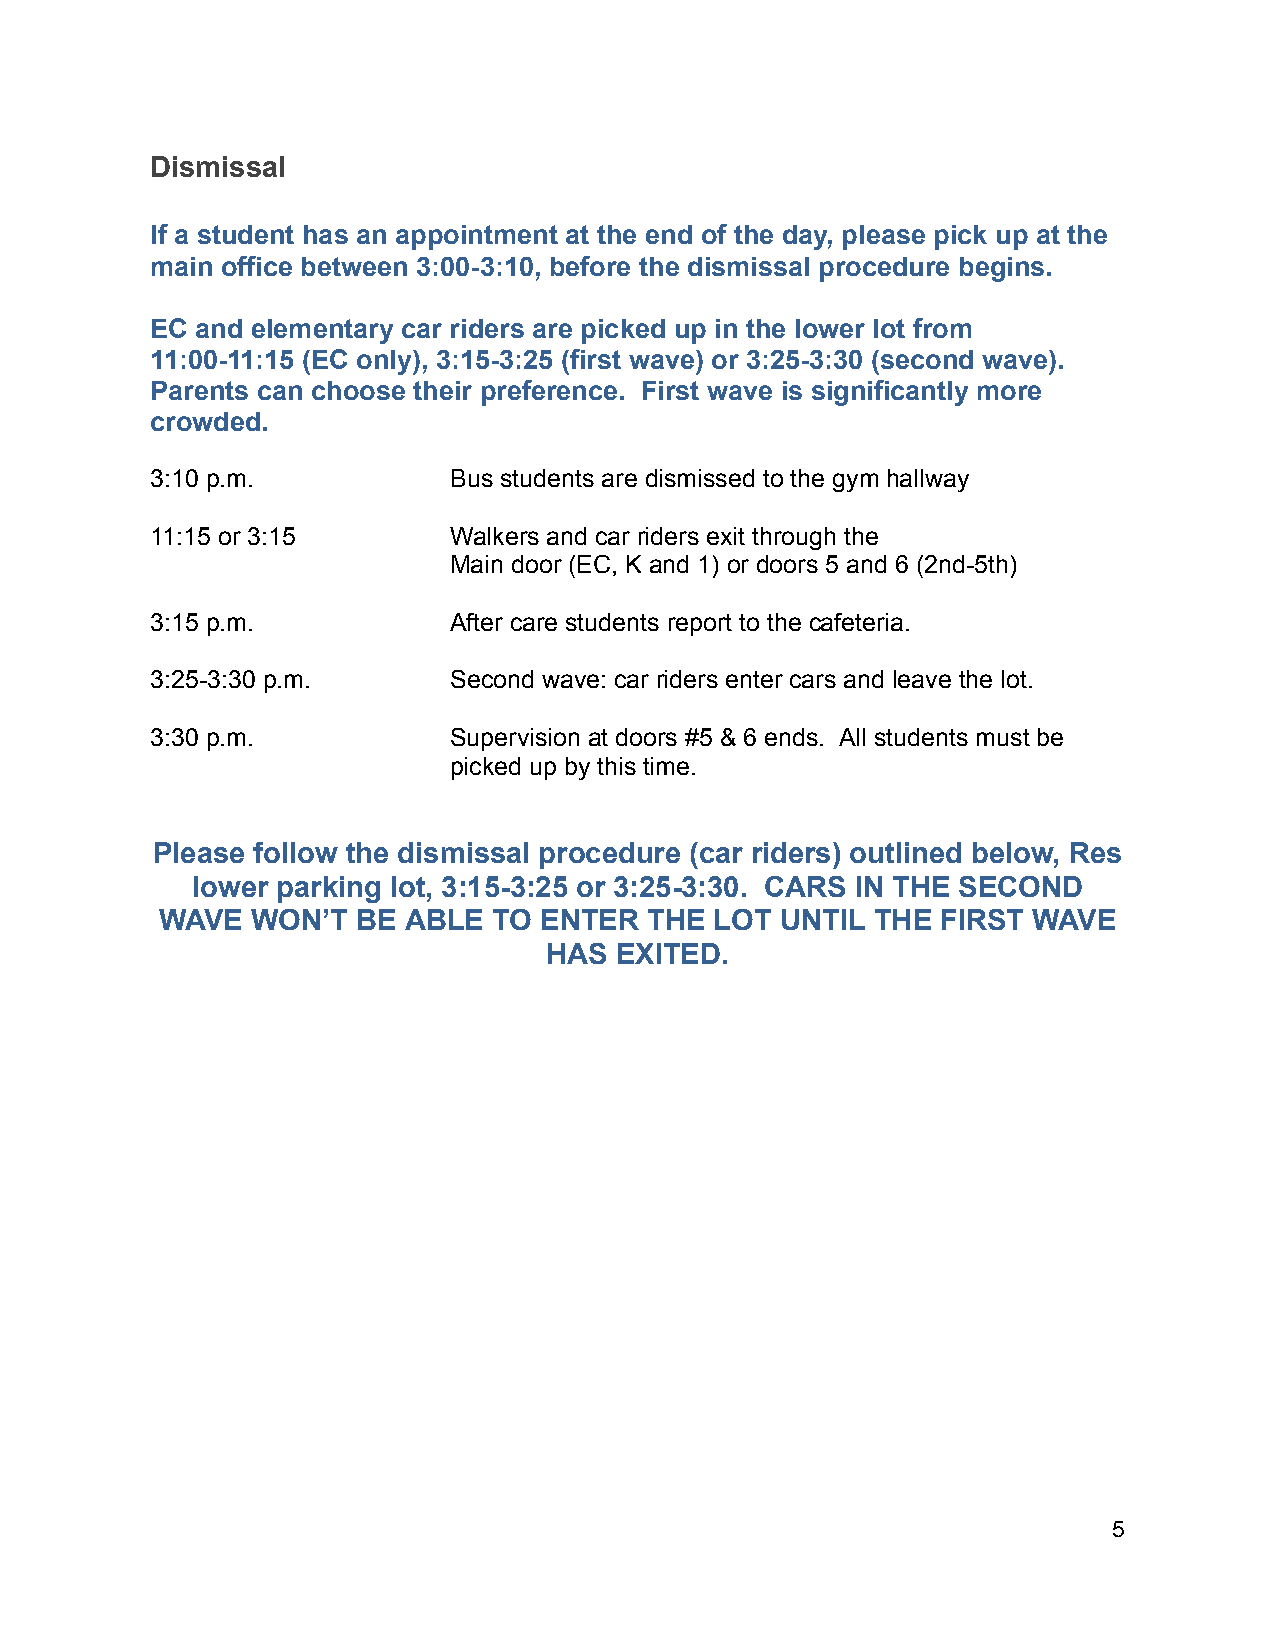
Dismissal
 If a student has an appointment at the end of the day, please pick up at the
 main office between 3:00-3:10, before the dismissal procedure begins.
 EC and elementary car riders are picked up in the lower lot from
 11:00-11:15 (EC only), 3:15-3:25 (first wave) or 3:25-3:30 (second wave).
 Parents can choose their preference. First wave is significantly more
 crowded.
 3:10 p.m.           Bus students are dismissed to the gym hallway
 11:15 or 3:15       Walkers and car riders exit through the
 Main door (EC, K and 1) or doors 5 and 6 (2nd-5th)
 3:15 p.m.           After care students report to the cafeteria.
 3:25-3:30 p.m.      Second wave: car riders enter cars and leave the lot.
 3:30 p.m.           Supervision at doors #5 & 6 ends. All students must be
 picked up by this time.
 Please follow the dismissal procedure (car riders) outlined below, Res
 lower parking lot, 3:15-3:25 or 3:25-3:30. CARS IN THE SECOND
 WAVE  WON’T  BE ABLE  TO ENTER  THE LOT  UNTIL THE FIRST WAVE
 HAS  EXITED.
 5